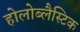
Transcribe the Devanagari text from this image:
होलोब्लैस्टिक